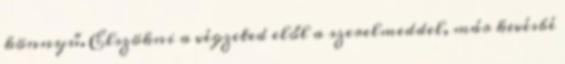
könnyű. Elszökni a végzeted elől a szerelmeddel, már kevésbé